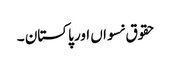
حقوق نسواں اور پاکستان ۔